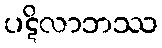
ပဋိလာဘဿ